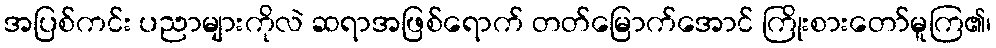
အပြစ်ကင်း ပညာများကိုလဲ ဆရာအဖြစ်ရောက် တတ်မြောက်အောင် ကြိုးစားတော်မူကြ၏၊